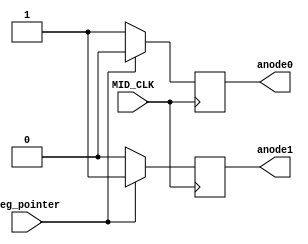
`timescale 1ns / 1ps


module check_anode(input MID_CLK, input seg_pointer, output reg anode0 = 0, output reg anode1 = 0);

   always@ (posedge MID_CLK) begin
        
       if(seg_pointer == 0)begin // switch anode 0 as active
         anode0 <= 1;
         anode1 <= 0;
     end       
        if(seg_pointer == 1) begin // switch anode 1 as active
            anode0 <= 0;
            anode1 <= 1;

        end
   end
endmodule